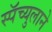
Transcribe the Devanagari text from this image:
स्पॅच्युलाने